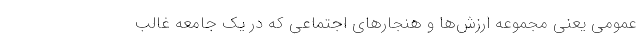
عمومی یعنی مجموعه ارزش‌ها و هنجار‌های اجتماعی که در یک جامعه غالب